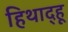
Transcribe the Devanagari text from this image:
हिथाद्हू